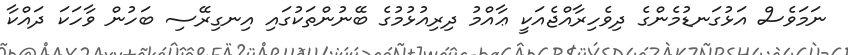
ނަމަވެސް އަޅުގަނޑުމެންގެ ދިވެހިރާއްޖެއަކީ ޢާއްމު ދިރިއުޅުމުގެ ބޭނުންތަކުގައި އިނގިރޭސި ބަހުން ވާހަކަ ދައްކާ